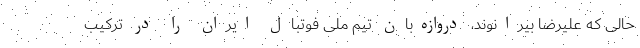
حالی که علیرضا بیرانوند، دروازه‌بان تیم ملی فوتبال ایران را در ترکیب